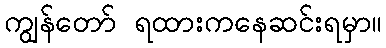
ကျွန်တော် ရထားကနေဆင်းရမှာ။